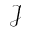
\mathcal { J }